Sketch of the medical history of the native army of Bombay, for the year
Year: 1870
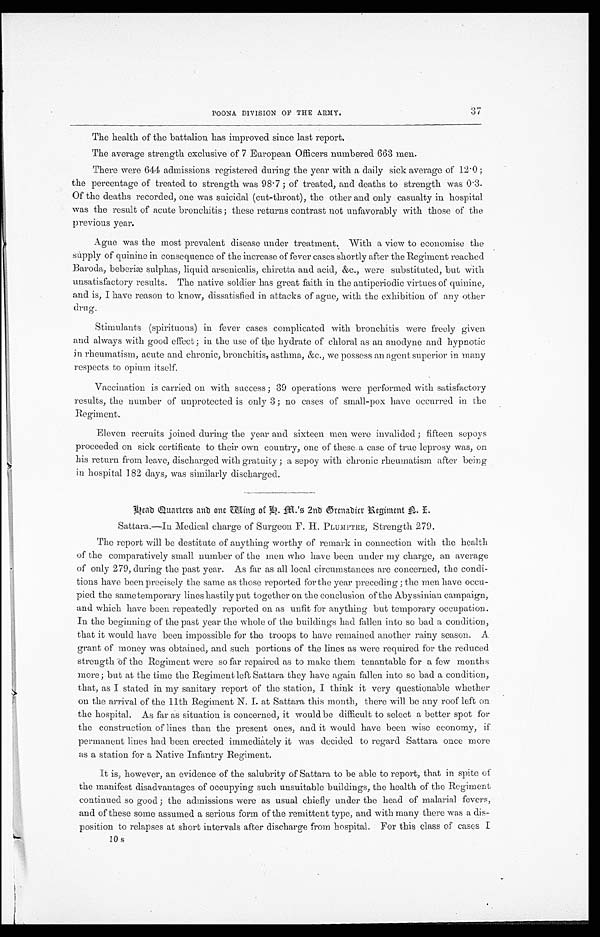
POONA DIVISION OF THE ARMY.
The health of the battalion has improved since last report.
The average strength exclusive of 7 European Officers numbered 663 men.
There were 644 admissions registered during the year with a daily sick average of 12.0 ;
the percentage of treated to strength was 98.7 ; of treated, and deaths to strength was 0.3.
Of the deaths recorded, one was suicidal (cut-throat), the other and only casualty in hospital.
was the result of acute bronchitis; these returns contrast not unfavorably with those of the
previous year.
Ague was the most prevalent disease under treatment. With a view to economise the
supply of quinine in consequence of the increase of fever cases shortly after the Regiment reached
Baroda, beberiæ sulphas, liquid arsenicalis, chiretta and acid, &c., were substituted, but with
unsatisfactory results. The native soldier has great faith in the antiperiodic virtues of quinine,
and is, I have reason to know, dissatisfied in attacks of ague, with the exhibition of any other
drug.
Stimulants (spirituous) in fever cases complicated with bronchitis were freely given
and always with good effect; in the use of the hydrate of chloral as au anodyne and hypnotic
in rheumatism, acute and chronic, bronchitis, asthma, &c., we possess an agent superior in many
respects to opium itself.
Vaccination is carried on with success ; 39 operations were performed with satisfactory
results, the number of unprotected is only 3 ; no cases of small-pox have occurred in the
Regiment.
Eleven recruits joined during the year and sixteen men were invalided ; fifteen sepoys
proceeded on sick certificate to their own country, one of these a case of true leprosy was, on
his return from leave, discharged with gratuity ; a sepoy with chronic rheumatism after being
in hospital 182 days, was similarly discharged.
Head Quarters and one Wing of H .M.'s 2nd Grenadier Regiment A. I.
Sattara.—In Medical charge of Surgeon F. H. PLUMPTRE, Strength 279.
The report will be destitute of anything worthy of remark in connection with the health.
of the comparatively small number of the men who have been under my charge, an average
of only 279, during the past year. As far as all local circumstances are concerned, the condi
-
tions have been precisely the same as those reported for the year preceding ; the men have occu
-
pied the same temporary lines hastily put together on the conclusion of the Abyssinian. campaign,
and which have been repeatedly reported on as unfit for anything but temporary occupation.
In the beginning of the past year the whole of the buildings had fallen into so bad a condition,
that it would have been impossible for the troops to have remained another rainy season. A
grant of money was obtained, and such portions of the lines as were required for the reduced
strength of the Regiment were so far repaired as to make them tenantable for a few months
more; but at the time the Regiment left Sattara they have again fallen into so bad a condition,
that, as I stated in my sanitary report of the station, I think it very questionable whether
on the arrival of the 11th Regiment N. I. at Sattara this month, there will be any roof left on
the hospital. As far as situation is concerned, it would be difficult to select a better spot for
the construction of lines than the present ones, and it would have been wise economy, if
permanent lines had been erected immediately it was decided to regard Sattara once more
as a station for a Native Infantry Regiment.
It is, however, an evidence of the salubrity of Sattara to be able to report, that in spite of
the manifest disadvantages of occupying such unsuitable buildings, the health of the Regiment
continued so good ; the admissions were as usual chiefly under the head of malarial fevers,
and of these some assumed a serious form of the remittent type, and with many there was a dis
-
position to relapses at short intervals after discharge from hospital. For this class of cases I.
10 s